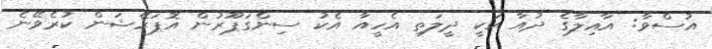
އުސްވާ: އާއިލާގެ ދުއާ އަކީ ދީލަތި އެހީއާ އެކު ސިންގަޕޫރުން އޮޕަރޭޝަން ކުރެވޭނެ